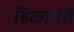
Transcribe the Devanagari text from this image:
हिकायतें